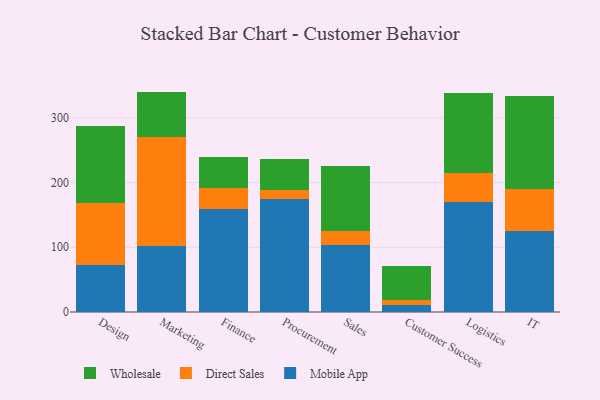
{"axis": {"x": "Department", "y": "Active Users"}, "legend": ["Direct Sales", "Mobile App", "Wholesale"], "data": [{"x": "Design", "y": 73.1, "type": "Mobile App"}, {"x": "Design", "y": 95.3, "type": "Direct Sales"}, {"x": "Design", "y": 118.4, "type": "Wholesale"}, {"x": "Marketing", "y": 101.8, "type": "Mobile App"}, {"x": "Marketing", "y": 169.1, "type": "Direct Sales"}, {"x": "Marketing", "y": 69.7, "type": "Wholesale"}, {"x": "Finance", "y": 159.9, "type": "Mobile App"}, {"x": "Finance", "y": 31.8, "type": "Direct Sales"}, {"x": "Finance", "y": 47.8, "type": "Wholesale"}, {"x": "Procurement", "y": 174.2, "type": "Mobile App"}, {"x": "Procurement", "y": 14.4, "type": "Direct Sales"}, {"x": "Procurement", "y": 48.2, "type": "Wholesale"}, {"x": "Sales", "y": 103.9, "type": "Mobile App"}, {"x": "Sales", "y": 21.0, "type": "Direct Sales"}, {"x": "Sales", "y": 100.4, "type": "Wholesale"}, {"x": "Customer Success", "y": 10.9, "type": "Mobile App"}, {"x": "Customer Success", "y": 8.3, "type": "Direct Sales"}, {"x": "Customer Success", "y": 51.5, "type": "Wholesale"}, {"x": "Logistics", "y": 169.8, "type": "Mobile App"}, {"x": "Logistics", "y": 45.6, "type": "Direct Sales"}, {"x": "Logistics", "y": 122.6, "type": "Wholesale"}, {"x": "IT", "y": 125.0, "type": "Mobile App"}, {"x": "IT", "y": 64.9, "type": "Direct Sales"}, {"x": "IT", "y": 144.5, "type": "Wholesale"}]}